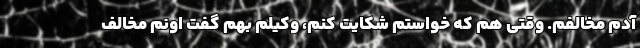
آدم مخالفم. وقتی هم که خواستم شکایت کنم، وکیلم بهم گفت اونم مخالف